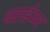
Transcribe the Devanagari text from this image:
वसईवर